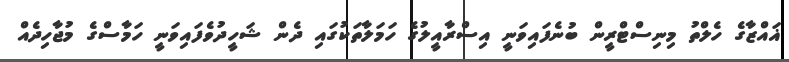
ޣައްޒާގެ ހެލްތު މިނިސްޓްރީން ބުނެފައިވަނީ އިސްރާއީލުގެ ހަމަލާތަކުގައި ދެން ޝަހީދުވެފައިވަނީ ހަމާސްގެ މުޖާހިދެއް